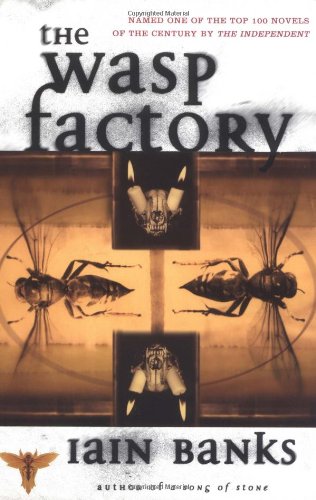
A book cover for The WASP FACTORY: A NOVEL; Iain Banks; Humor & Entertainment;